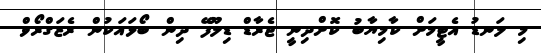
މި ލަނޑު އެޓީމަށް ކާމިޔާބު ކޮށްދިނީ ޖެރާޑް ޑިލޫފޭ ދިން ބޯޅައަކުން ރެޒަގްރޯވް